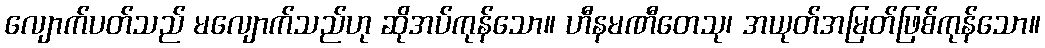
လျောက်ပတ်သည် မလျောက်သည်ဟု ဆိုအပ်ကုန်သော။ ဟီနမဏီတေသု၊ အယုတ်အမြတ်ဖြစ်ကုန်သော။